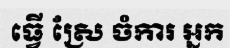
ធ្វើ ស្រែ ចំការ អ្នក